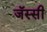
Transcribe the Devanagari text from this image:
जॅस्सी